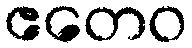
ဧတေဝ